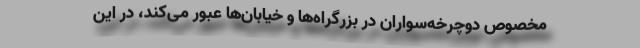
مخصوص دوچرخه‌سواران در بزرگراه‌ها و خیابان‌ها عبور می‌کند، در این